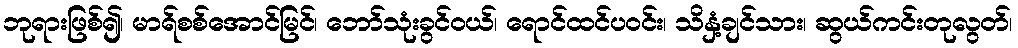
ဘုရားဖြစ်၍၊ မာရ်စစ်အောင်မြင်၊ ဘော်သုံးခွင်ဝယ်၊ ရောင်ထင်ပဝင်း၊ သိနှံ့ချင်သား၊ ဆွယ်ကင်းတုလွတ်၊